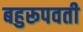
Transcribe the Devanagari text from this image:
बहुरूपवती